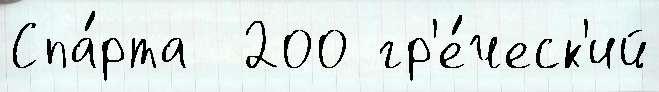
Спа́рта  200 гр'е́ческ'ий